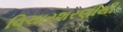
વિચારશરણીથી